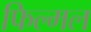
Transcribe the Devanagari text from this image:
फिल्मल